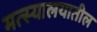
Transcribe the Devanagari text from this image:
मत्स्यालयातील